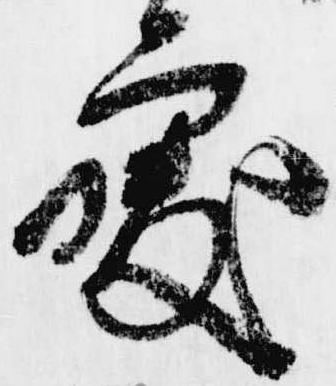
処